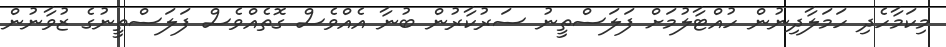
މިކަމާހެދި ހަމަލާދިނުން ހުއްޓާލުމަށް ފަލަސްތީނު ސަރުކާރުން ބުނާ އެއްވެސް ގޮތެއްވެސް ފަލަސްތީނުގެ ޒުވާނުން